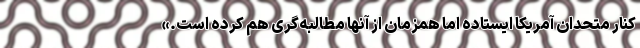
کنار متحدان آمریکا ایستاده اما همزمان از آنها مطالبه‌گری هم کرده است.»